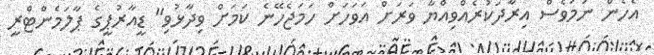
އެހެން ނަމަވެސް އިރާދަކުރެއްވިއްޔާ ވަރަށް އަވަހަށް ހަމަޖެހޭނެ ކަމަށް ވިދާޅުވި" ޑީއާރުޕީގެ ޕާލަމެންޓްރީ